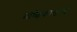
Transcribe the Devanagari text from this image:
मच्छिकाखण्ड